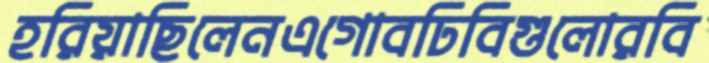
হরিয়াছিলেনএগোবঢিবিগুলোরবি